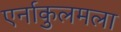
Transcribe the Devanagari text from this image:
एर्नाकुलमला